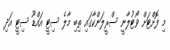
މި ފޮށްޓަށް ވޯޓުލާނީ ސްރީލަންކާގައި ތިބި މާލެ ސިޓީ އައްޑޫ ސިޓީ އަދި